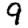
Digit: 9